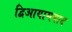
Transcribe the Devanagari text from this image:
द्विआयामवाद